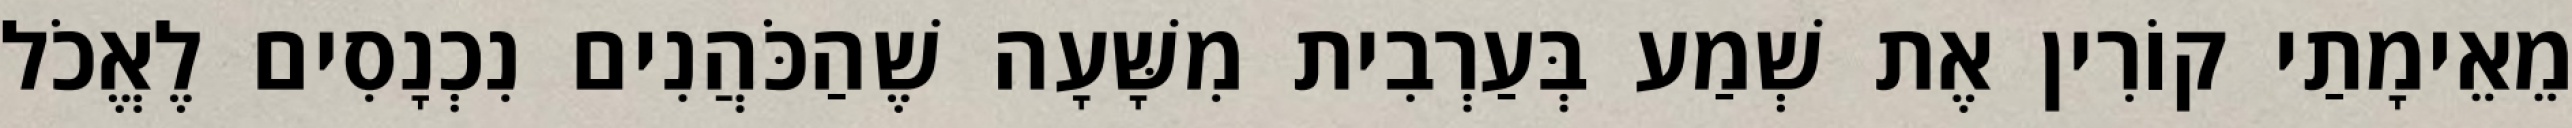
מֵאֵימָתַי קוֹרִין אֶת שְׁמַע בְּעַרְבִית מִשָּׁעָה שֶׁהַכֹּהֲנִים נִכְנָסִים לֶאֱכֹל